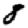
Digit: 8